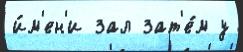
и́м'ен'и зал зат'е́м у